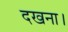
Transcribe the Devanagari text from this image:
दखना।